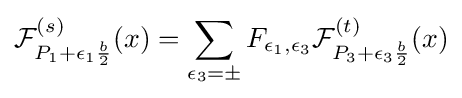
{\mathcal {F}}_{P_{1}+\epsilon _{1}{\frac {b}{2}}}^{(s)}(x)=\sum _{\epsilon _{3}=\pm }F_{\epsilon _{1},\epsilon _{3}}{\mathcal {F}}_{P_{3}+\epsilon _{3}{\frac {b}{2}}}^{(t)}(x)